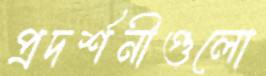
প্রদর্শনীগুলো